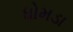
ધોમડા